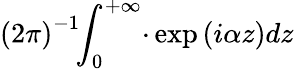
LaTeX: \left(2\pi\right)^{-1}\! \! \int_{0}^{+\infty}\! \cdot\exp\left(i\alpha z\right)dz